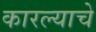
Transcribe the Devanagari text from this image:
कारल्याचे